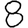
Digit: 8